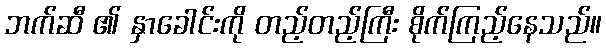
ဘက်ဆီ ၏ နှာခေါင်းကို တည့်တည့်ကြီး စိုက်ကြည့်နေသည်။